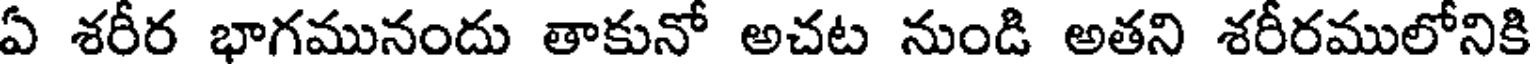
ఏ శరీర భాగమునందు తాకునో అచట నుండి అతని శరీరములోనికి